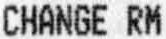
CHANGE RM